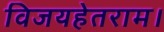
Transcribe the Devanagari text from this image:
विजयहेतराम।